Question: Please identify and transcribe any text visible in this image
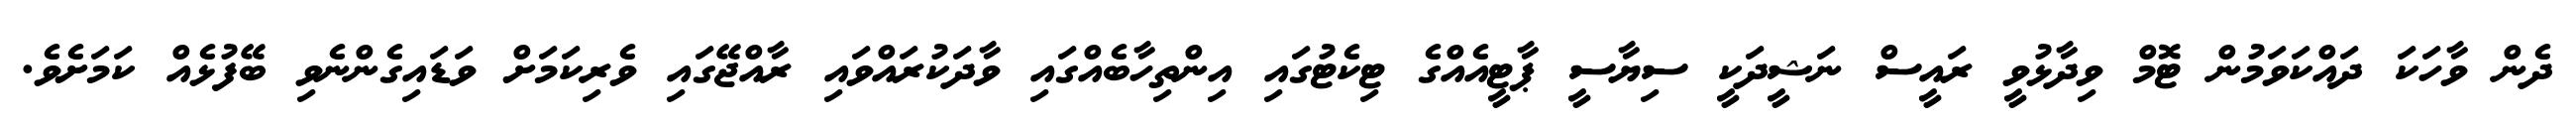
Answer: ދެން ވާހަކަ ދައްކަވަމުން ޓޮމް ވިދާޅުވީ ރައީސް ނަޝީދަކީ ސިޔާސީ ޕާޓީއެއްގެ ޓިކެޓުގައި އިންތިހާބެއްގައި ވާދަކުރައްވައި ރާއްޖޭގައި ވެރިކަމަށް ވަޑައިގެންނެވި ބޭފުޅެއް ކަމަށެވެ.